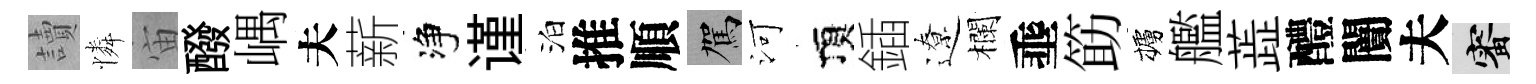
讀憐宙醱嵎夫薪净谨泊推順駕河頂鍤遼欄埀筯櫨艦蕋醴闠夫審